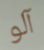
آلو